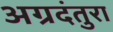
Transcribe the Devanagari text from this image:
अग्रदंतुरा